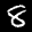
Label: 8